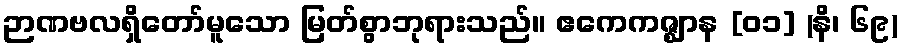
ဉာဏဗလရှိတော်မူသော မြတ်စွာဘုရားသည်။ ဧကေကဇ္ဈာန [၀၁] (နိ၊ ၆၉)